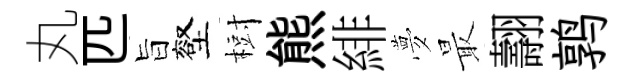
丸匹旨壑𣗳熊緋夢最翿鹑